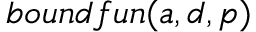
b o u n d f u n ( a , d , p )